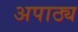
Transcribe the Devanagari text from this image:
अपाठ्य